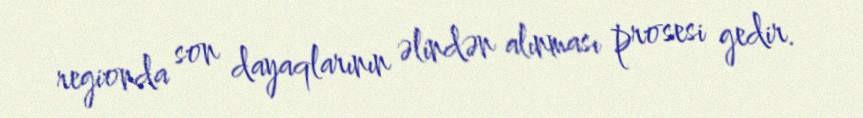
regionda son dayaqlarının əlindən alınması prosesi gedir.